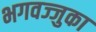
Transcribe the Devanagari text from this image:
भगवज्जुका